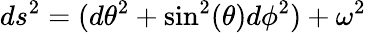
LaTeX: ds^{2}=(d{\theta}^{2}+\sin^{2}(\theta)d{\phi}^{2})+{\omega}^{2}